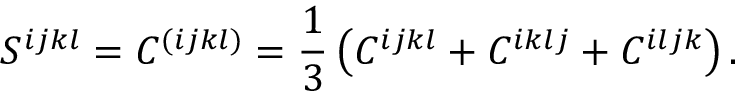
S ^ { i j k l } = C ^ { ( i j k l ) } = \frac 1 3 \left( C ^ { i j k l } + C ^ { i k l j } + C ^ { i l j k } \right) .